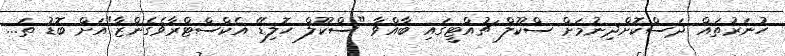
ހުނަރުތައް ދަސްކޮށްދިނުމަށް ސްކޫލް ޗުއްޓީގައި ބާއްވާ "ސްކޫލް ހޮލިޑޭ އެކްސްޓްރާވެގެންޒާ"އަށް ބޮޑު ތަ...